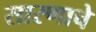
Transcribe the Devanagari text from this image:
सारणाचे